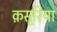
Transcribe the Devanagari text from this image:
क़सूरिया